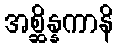
အစ္ဆိန္နကာနိ